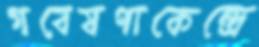
গবেষণাকেন্দ্রে